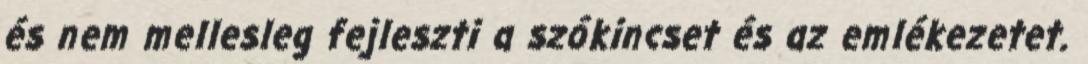
és nem mellesleg fejleszti a szókincset és az emlékezetet.